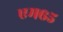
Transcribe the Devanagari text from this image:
एम६५